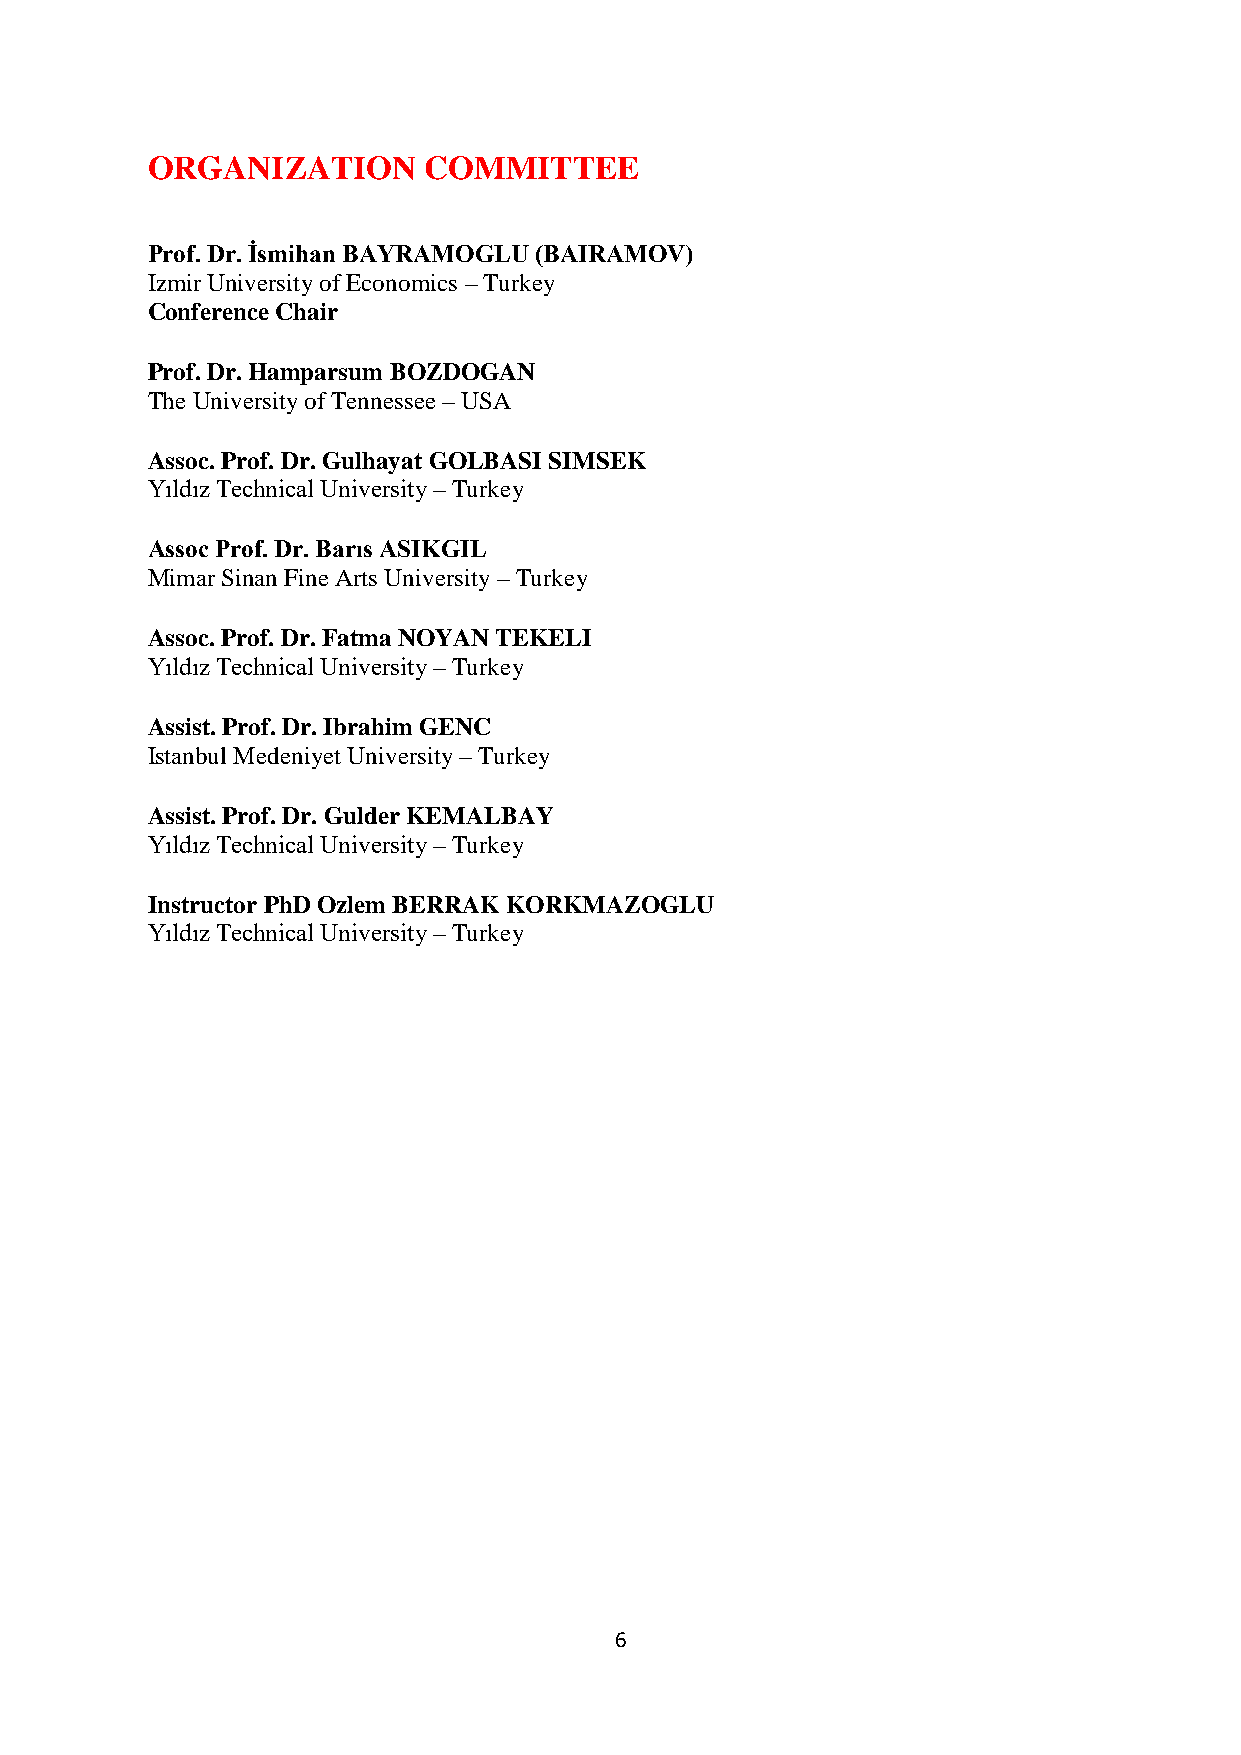
ORGANIZATION      COMMITTEE
 Prof. Dr. İsmihan BAYRAMOGLU (BAIRAMOV)
 Izmir University of Economics – Turkey
 Conference Chair
 Prof. Dr. Hamparsum BOZDOGAN
 The University of Tennessee – USA
 Assoc. Prof. Dr. Gulhayat GOLBASI SIMSEK
 Yıldız Technical University – Turkey
 Assoc Prof. Dr. Barıs ASIKGIL
 Mimar Sinan Fine Arts University – Turkey
 Assoc. Prof. Dr. Fatma NOYAN TEKELI
 Yıldız Technical University – Turkey
 Assist. Prof. Dr. Ibrahim GENC
 Istanbul Medeniyet University – Turkey
 Assist. Prof. Dr. Gulder KEMALBAY
 Yıldız Technical University – Turkey
 Instructor PhD Ozlem BERRAK KORKMAZOGLU
 Yıldız Technical University – Turkey
 6